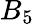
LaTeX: B_{5}